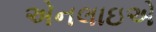
એનલાઇએ